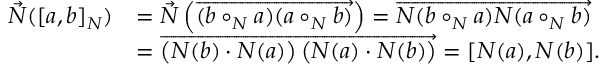
\begin{array} { r l } { \vec { N } ( [ a , b ] _ { N } ) } & { = \vec { N } \left( \overrightarrow { ( b \circ _ { N } a ) ( a \circ _ { N } b ) } \right) = \overrightarrow { N ( b \circ _ { N } a ) N ( a \circ _ { N } b ) } } \\ & { = \overrightarrow { \left( N ( b ) \cdot N ( a ) \right) \left( N ( a ) \cdot N ( b ) \right) } = [ N ( a ) , N ( b ) ] . } \end{array}